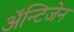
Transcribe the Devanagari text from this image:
अॅन्टिजेन